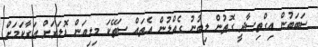
ސަބަބުން އިގްތިސާދީ ގޮތުން ލިބުނު ގެއްލުން އެތައް ސަތޭކަ މިލިއަން ޑޮލަރަށް އަރާކަމަށް